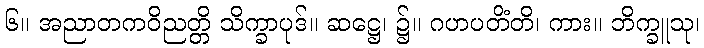
၆။ အညာတကဝိညတ္တိ သိက္ခာပုဒ်။ ဆဋ္ဌေ၊ ၌။ ဂဟပတိံတိ၊ ကား။ ဘိက္ခူသု၊